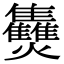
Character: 𤓪